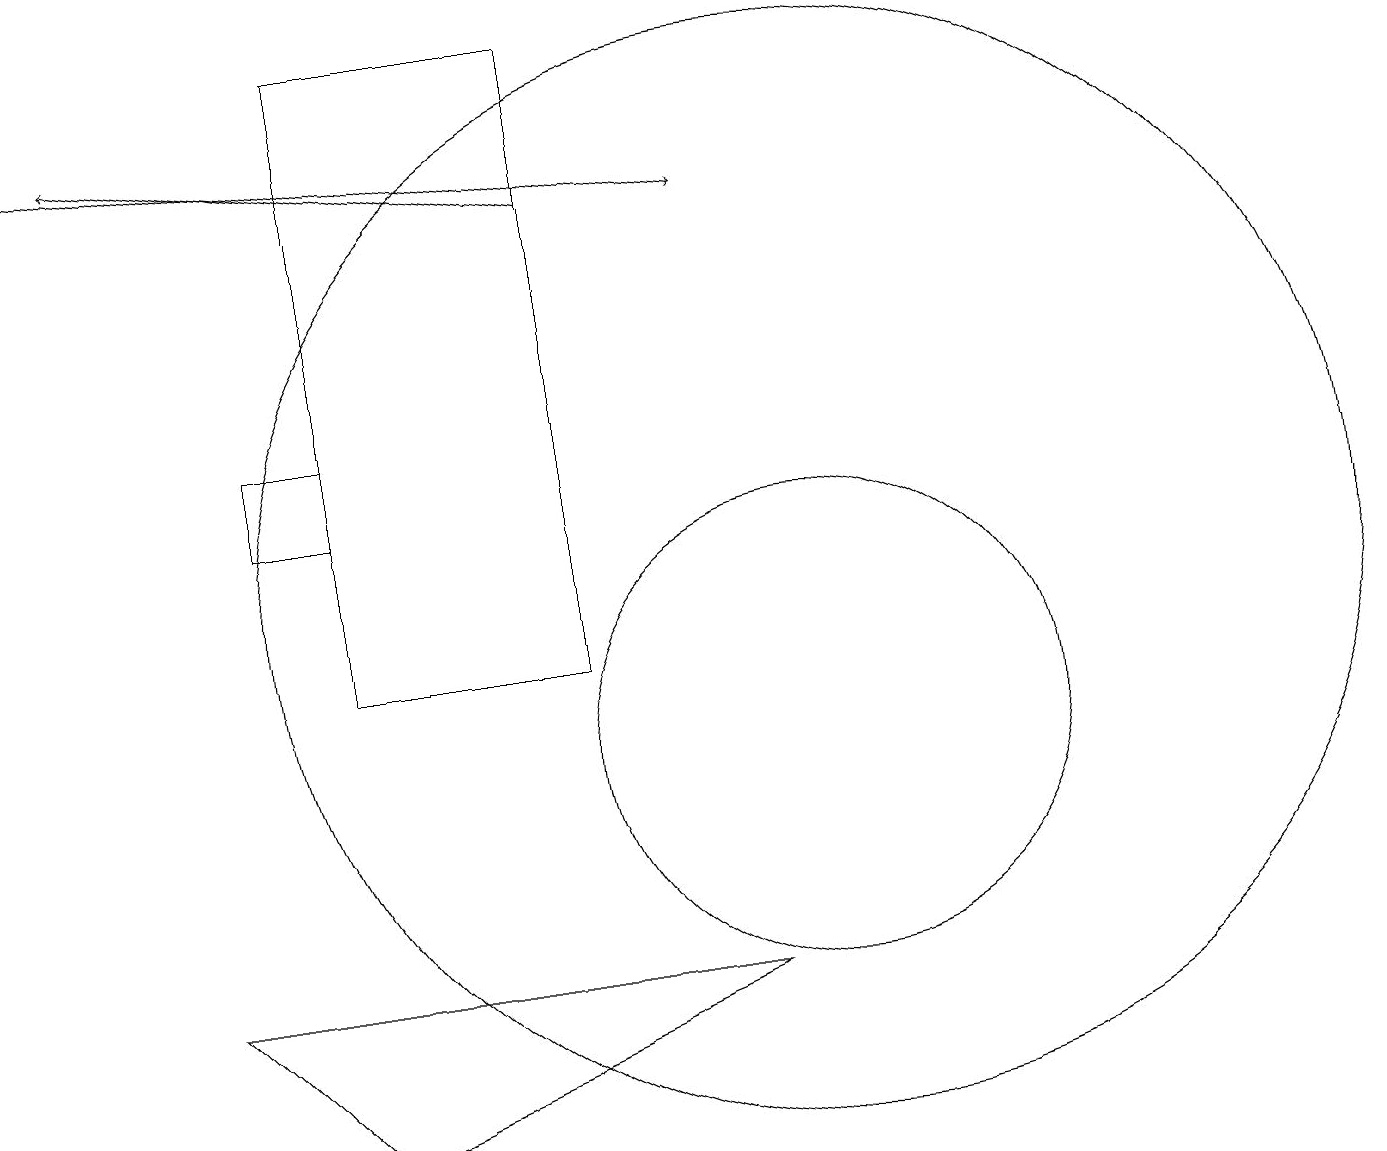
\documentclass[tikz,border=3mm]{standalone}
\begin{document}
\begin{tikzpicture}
\draw (2,7) -- (4,5) -- (9,7) -- cycle;
\draw[->] (0,18) -- (9,17);
\draw[->] (7,17) -- (1,18);
\draw (10,10) circle (3);
\draw (7,19) rectangle (4,11);
\draw (3,13) rectangle (4,14);
\draw (10,12) circle (7);
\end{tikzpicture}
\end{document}